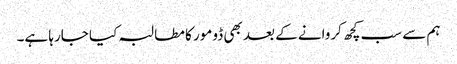
ہم سے سب کچھ کروانے کے بعد بھی ڈومور کا مطالبہ کیا جارہا ہے۔